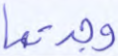
وجدتها